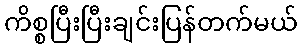
ကိစ္စပြီးပြီးချင်းပြန်တက်မယ်